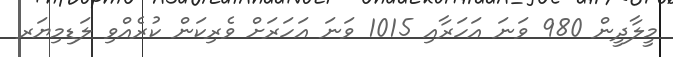
މީލާދީން 980 ވަނަ އަހަރާއި 1015 ވަނަ އަހަރަށް ވެރިކަން ކުރެއްވި ލަޑިމިޔަރ